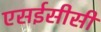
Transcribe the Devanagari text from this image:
एसईसीसी